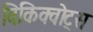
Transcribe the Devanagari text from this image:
विकिक्वोट्स